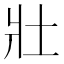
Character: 𡉟